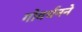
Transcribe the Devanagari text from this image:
गोवर्धनने